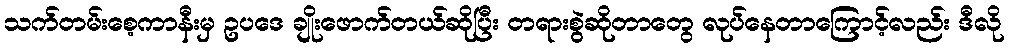
သက်တမ်းစေ့ကာနီးမှ ဥပဒေ ချိုးဖောက်တယ်ဆိုပြီး တရားစွဲဆိုတာတွေ လုပ်နေတာကြောင့်လည်း ဒီလို